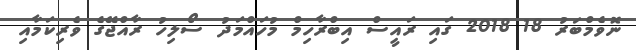
ނޮވެމްބަރު 18 2018 ގައި ރައީސް އިބްރާހިމް މުހައްމަދު ސޯލިހު ރާއްޖޭގެ ވެރިކަމާއި